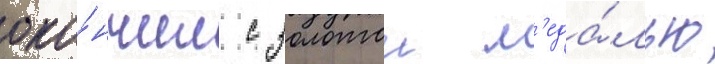
око́нчил с золотои м'еда́лью